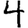
Digit: 4